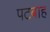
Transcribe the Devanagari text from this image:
पटबाह